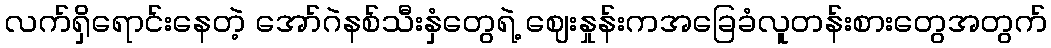
လက်ရှိရောင်းနေတဲ့ အော်ဂဲနစ်သီးနှံတွေရဲ့ ဈေးနှုန်းကအခြေခံလူတန်းစားတွေအတွက်